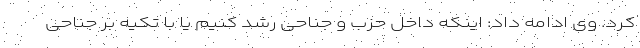
کرد. وی ادامه داد: اینکه داخل حزب و جناحی رشد کنیم یا با تکیه بر جناحی